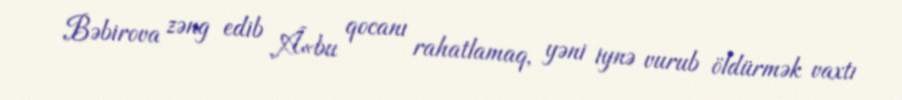
Bəbirova zəng edib Â«bu qocanı rahatlamaq, yəni iynə vurub öldürmək vaxtı